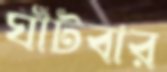
ঘাঁটবার